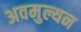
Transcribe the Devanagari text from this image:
अवमुल्यन